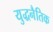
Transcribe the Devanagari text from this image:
युद्धनैतिक